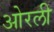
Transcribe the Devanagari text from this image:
ओरली